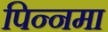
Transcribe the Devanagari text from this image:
पिन्नमा